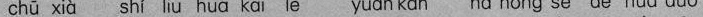
chū xià shí liu huā kāi le yuǎnkàn nà hóng sè de huā duǒ